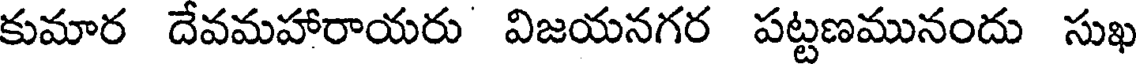
కుమార దేవమహారాయరు విజయనగర పట్టణమునందు సుఖ